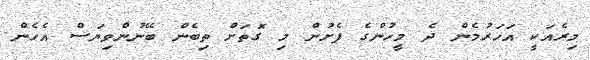
މިރެއަކީ އަހަރުމެން ދެ މީހުންގެ ފެށުން މި ގޮތަށް ތިބެން ބޭނުންވިޔަސް އެހެން